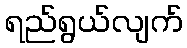
ရည်ရွယ်လျက်